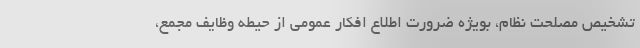
تشخیص مصلحت نظام، بویژه ضرورت اطلاع افکار عمومی از حیطه وظایف مجمع،